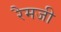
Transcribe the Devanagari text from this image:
रैमजी